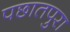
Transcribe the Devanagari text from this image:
पछातपुरा